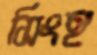
সিংহ